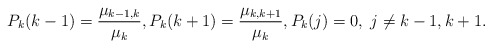
\begin{align*}P_k(k-1)=\frac{\mu_{k-1,k}}{\mu_k},P_k(k+1)=\frac{\mu_{k,k+1}}{\mu_k},P_k(j)=0,\; j\neq k-1, k+1. \end{align*}